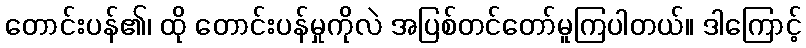
တောင်းပန်၏၊ ထို တောင်းပန်မှုကိုလဲ အပြစ်တင်တော်မူကြပါတယ်။ ဒါကြောင့်